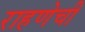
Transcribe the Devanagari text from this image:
राहणेची